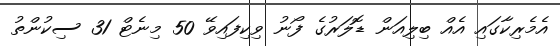
އެމެރިކާގައި އެއް ބިލިއަން ޑޮލަރުގެ ފޯނު ވިކިފައިވޭ 50 މިނެޓް 31 ސިކުންތު